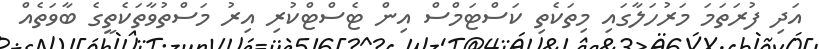
އަދި ފުރަތަމަ މަރުހަލާގައި މިތަކެތި ކަސްޓަމްސް އިން ޓެސްޓްކުރި އިރު މަސްތުވާތަކެތީގެ ބާވަތެއް